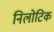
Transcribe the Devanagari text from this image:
निलोटिक